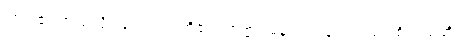
ဤငါ၏ အထံသို့။ ဝေါ၊ သင်တို့၏။ အဗ္ဘာဂမနံ၊ လာခြင်းသည်။ စိရဿံဟိ၊